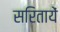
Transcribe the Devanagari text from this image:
सरितायें